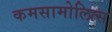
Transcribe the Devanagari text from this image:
कमसामोलित्स